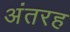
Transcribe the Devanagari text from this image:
अंतरह